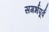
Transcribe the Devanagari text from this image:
सगर्भपूर्व